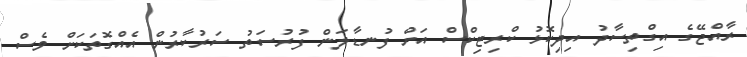
ރާއްޖޭގެ އިގްތިސާދު އިދިކޮޅު ކްރިޓިކްސް އަށް ފުނޑާލަން ފުރުސަތު ސަރުކާރުން އެއްގޮތަކަށް ވެސް